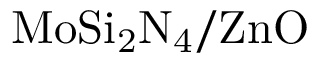
\mathrm { M o S i _ { 2 } N _ { 4 } / Z n O }